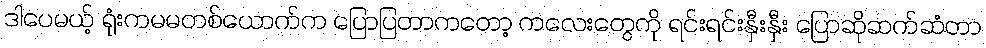
ဒါပေမယ့် ရုံးကမမတစ်ယောက်က ပြောပြတာကတော့ ကလေးတွေကို ရင်းရင်းနှီးနှီး ပြောဆိုဆက်ဆံတာ